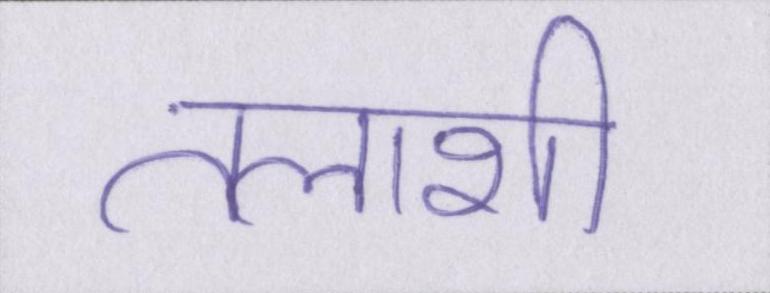
तलाशी